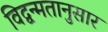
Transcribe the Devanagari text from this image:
विद्वन्मतानुसार